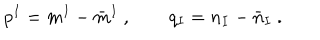
p ^ { I } = m ^ { I } - \bar { m } ^ { I } \ , \qquad q _ { I } = n _ { I } - \bar { n } _ { I } \ .